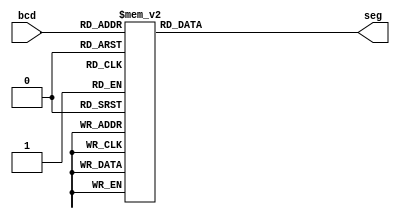
`timescale 1ns / 1ps
//////////////////////////////////////////////////////////////////////////////////
// Company: 
// Engineer: 
// 
// Design Name: 
// Module Name:    bcd 
// Project Name: 
// Target Devices: 
// Tool versions: 
// Description: 
//
// Dependencies: 
//
// Revision: 
// Revision 0.01 - File Created
// Additional Comments: 
//
//////////////////////////////////////////////////////////////////////////////////

module bcd(
	input [3:0] bcd,
	output reg [6:0] seg
    );
	 
	 always @ (bcd) begin
		case (bcd)
			4'd0: seg <=7'b0111111;
			4'd1: seg <=7'b0000110;
			4'd2: seg <=7'b1011011;
			4'd3: seg <=7'b1001111;
			4'd4: seg <=7'b1100110;
			4'd5: seg <=7'b1101101;
			4'd6: seg <=7'b1111101;
			4'd7: seg <=7'b0000111;
			4'd8: seg <=7'b1111111;
			4'd9: seg <=7'b1101111;
			4'd10: seg <=7'b1110111;
			4'd11: seg <=7'b1111100;
			4'd12: seg <=7'b0111001;
			4'd13: seg <=7'b1011110;
			4'd14: seg <=7'b1111001;
			4'd15: seg <=7'b1110001;
		endcase
	end

endmodule